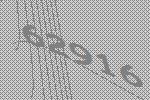
62916